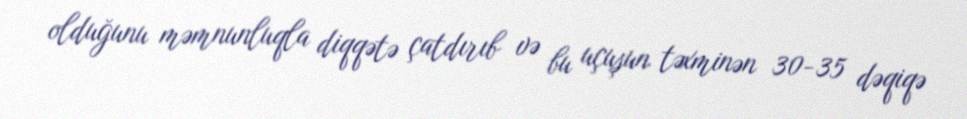
olduğunu məmnunluqla diqqətə çatdırıb və bu uçuşun təxminən 30-35 dəqiqə